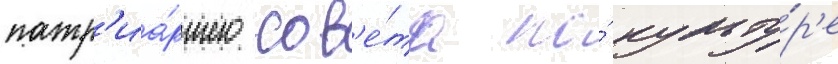
патр'иа́ршего сов'е́та по́ культу́р'е